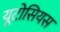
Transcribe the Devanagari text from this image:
यूटोसियस